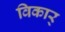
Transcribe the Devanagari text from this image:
विकार्